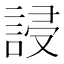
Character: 誛